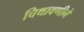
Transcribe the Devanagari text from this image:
चिथावणीने